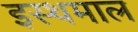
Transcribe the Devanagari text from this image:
इस्थमाल